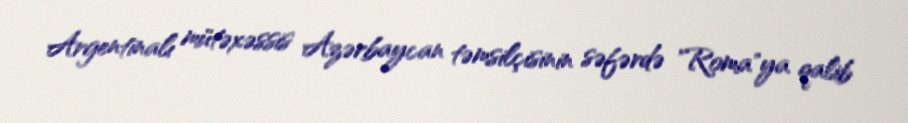
Argentinalı mütəxəssis Azərbaycan təmsilçisinin səfərdə "Roma"ya qalib